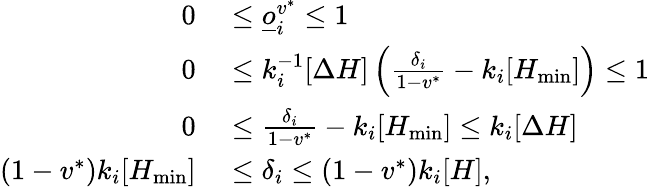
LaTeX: \begin{array}{rl}{0}&{{}\leq\underline{o}_{i}^{v^{*}}\leq 1}\\ {0}&{{}\leq k_{i}^{-1}[\Delta H]\left(\frac{\delta_{i}}{1-v^{*}}-k_{i}[H_{\operatorname*{min}}]\right)\leq 1}\\ {0}&{{}\leq\frac{\delta_{i}}{1-v^{*}}-k_{i}[H_{\operatorname*{min}}]\leq k_{i}[\Delta H]}\\ {(1-v^{*})k_{i}[H_{\operatorname*{min}}]}&{{}\leq\delta_{i}\leq(1-v^{*})k_{i}[H],}\end{array}